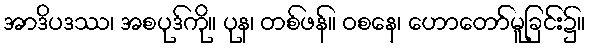
အာဒိပဒဿ၊ အစပုဒ်ကို။ ပုန၊ တစ်ဖန်။ ဝစနေ၊ ဟောတော်မူခြင်း၌။